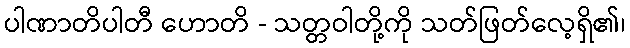
ပါဏာတိပါတီ ဟောတိ - သတ္တဝါတို့ကို သတ်ဖြတ်လေ့ရှိ၏၊